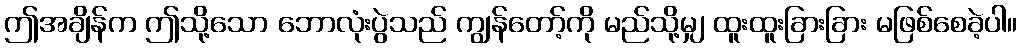
ဤအချိန်က ဤသို့သော ဘောလုံးပွဲသည် ကျွန်တော့်ကို မည်သို့မျှ ထူးထူးခြားခြား မဖြစ်စေခဲ့ပါ။